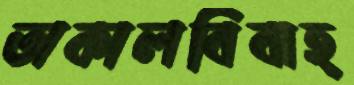
অকালবিবাহ